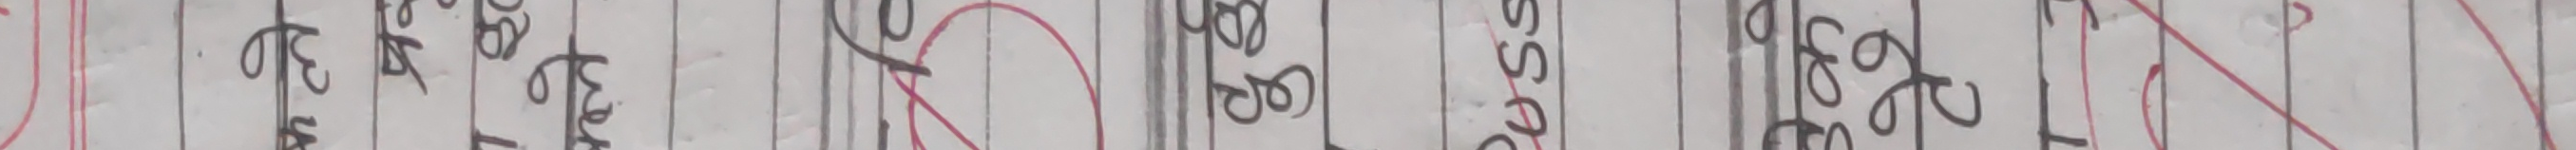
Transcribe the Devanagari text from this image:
भई सके।